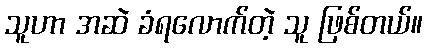
သူဟာ အဆဲ ခံရလောက်တဲ့ သူ ဖြစ်တယ်။